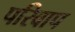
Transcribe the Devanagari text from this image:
परिवाप